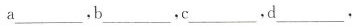
a\underline，b\underline，c\underline，d\underline，